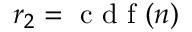
r _ { 2 } = \mathrm { ~ c ~ d ~ f ~ } ( n )